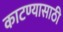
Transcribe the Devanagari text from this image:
काटण्यासाठी